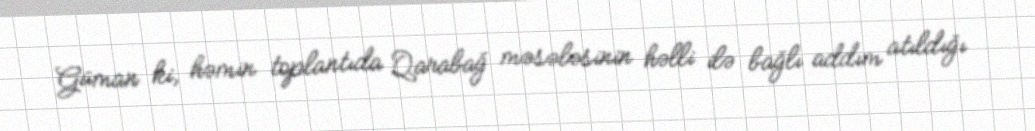
Güman ki, həmin toplantıda Qarabağ məsələsinin həlli ilə bağlı addım atıldığı